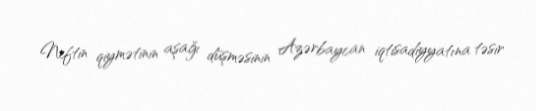
Neftin qiymətinin aşağı düşməsinin Azərbaycan iqtisadiyyatına təsir